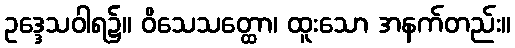
ဥဒ္ဒေသဝါရ၌။ ဝိသေသတ္ထော၊ ထူးသော အနက်တည်း။